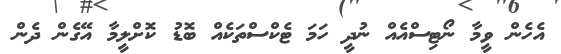
އެހެން ވީމާ ނޯޓިސްއެއް ނުދީ ހަމަ ޓެކްސްތަކެއް ބޮޑު ކޮށްލީމާ އޭގެން ދެން